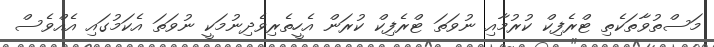
މަސްތުވާތަކެތި ޓްރެފިކް ކުރުމާއި ނުވަތަ ޓްރެފިކް ކުރަން އެހީތެރިވެދިނުމަކީ ނުވަތަ އެކަމުގައި އެއްވެސް